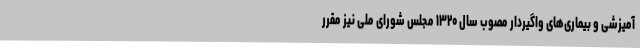
آمیزشی و بیماری‌های واگیردار مصوب سال ۱۳۲۰ مجلس شورای ملی نیز مقرر